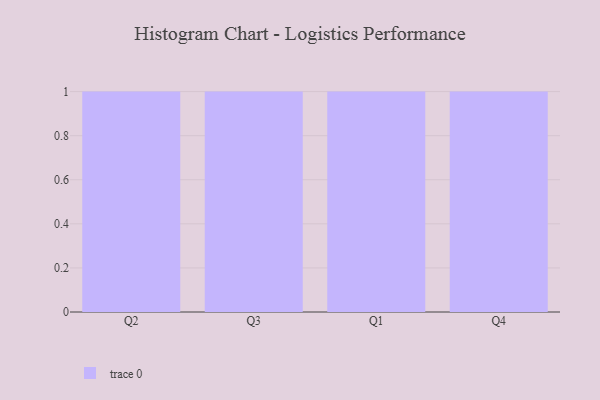
{"axis": {"x": "Quarter", "y": "LTV (USD)"}, "legend": [""], "data": [{"x": "Q2", "y": 59, "type": ""}, {"x": "Q3", "y": 94, "type": ""}, {"x": "Q1", "y": 97, "type": ""}, {"x": "Q4", "y": 57, "type": ""}]}